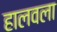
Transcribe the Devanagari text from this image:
हालवला